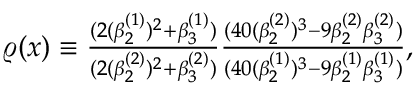
\begin{array} { r } { \varrho ( x ) \equiv \frac { ( 2 ( \beta _ { 2 } ^ { ( 1 ) } ) ^ { 2 } + \beta _ { 3 } ^ { ( 1 ) } ) } { ( 2 ( \beta _ { 2 } ^ { ( 2 ) } ) ^ { 2 } + \beta _ { 3 } ^ { ( 2 ) } ) } \frac { ( 4 0 ( \beta _ { 2 } ^ { ( 2 ) } ) ^ { 3 } - 9 \beta _ { 2 } ^ { ( 2 ) } \beta _ { 3 } ^ { ( 2 ) } ) } { ( 4 0 ( \beta _ { 2 } ^ { ( 1 ) } ) ^ { 3 } - 9 \beta _ { 2 } ^ { ( 1 ) } \beta _ { 3 } ^ { ( 1 ) } ) } , } \end{array}